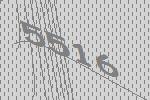
5516